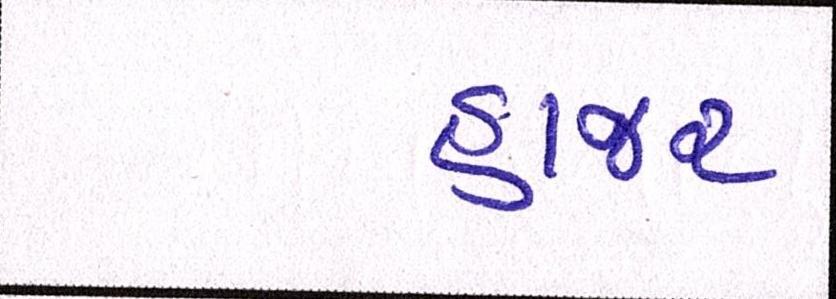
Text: હાજર